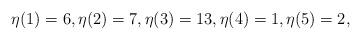
LaTeX: \begin{align*}\eta(1)=6,\eta(2)=7,\eta(3)=13,\eta(4)=1,\eta(5)=2,\end{align*}